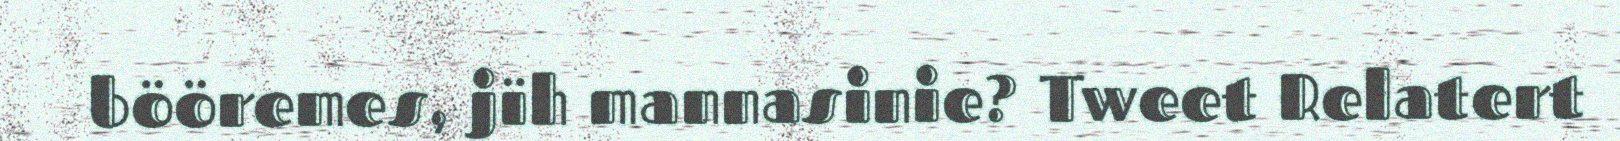
bööremes, jïh mannasinie? Tweet Relatert